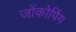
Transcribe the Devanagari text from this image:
जोंकोपिंग